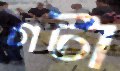
গটা